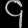
Digit: ၄